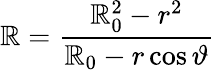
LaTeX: \mathbb{R}=\frac{{\mathbb{R}_{0}^{2}-r^{2}}}{{\mathbb{R}_{0}-r\cos\vartheta}}